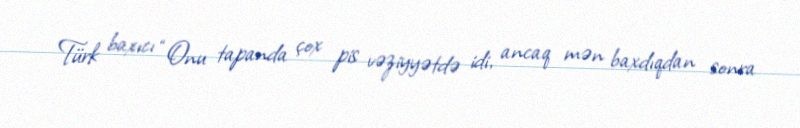
Türk baxıcı “Onu tapanda çox pis vəziyyətdə idi, ancaq mən baxdıqdan sonra